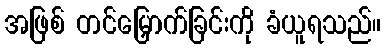
အဖြစ် တင်မြှောက်ခြင်းကို ခံယူရသည်။